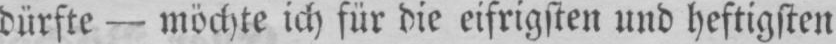
dürfte - möchte ich für die eifrigsten und heftigsten